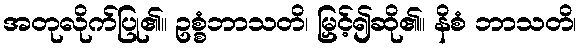
အတုလိုက်ပြု၏။ ဥစ္စံဘာသတိ၊ မြှင့်၍ဆို၏။ နိစံ ဘာသတိ၊